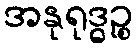
အနုရုဒ္ဓဉ္စ